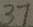
3 7